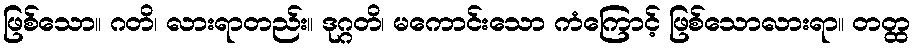
ဖြစ်သော။ ဂတိ၊ လားရာတည်း။ ဒုဂ္ဂတိ၊ မကောင်းသော ကံကြောင့် ဖြစ်သောလားရာ။ တတ္ထ